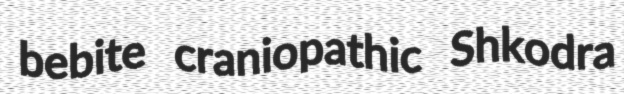
bebite craniopathic Shkodra